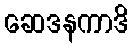
ဆေဒနကာဒိ